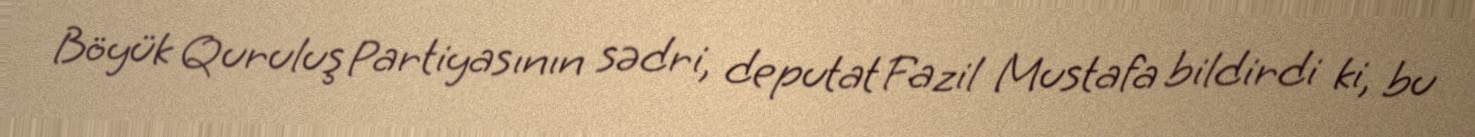
Böyük Quruluş Partiyasının sədri, deputat Fazil Mustafa bildirdi ki, bu